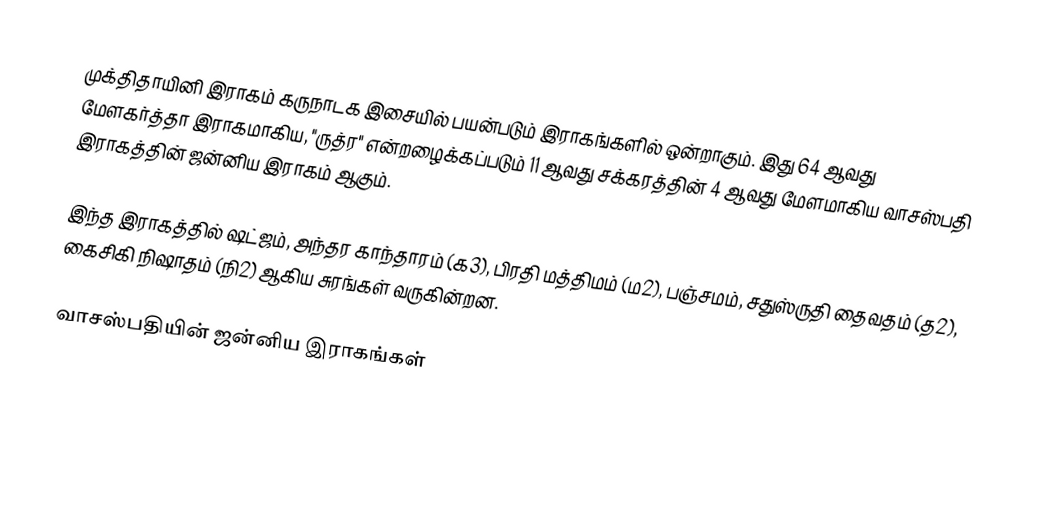
முக்திதாயினி இராகம் கருநாடக இசையில் பயன்படும் இராகங்களில் ஒன்றாகும். இது 64 ஆவது மேளகர்த்தா இராகமாகிய, "ருத்ர" என்றழைக்கப்படும் 11 ஆவது சக்கரத்தின் 4 ஆவது மேளமாகிய வாசஸ்பதி இராகத்தின் ஜன்னிய இராகம் ஆகும்.

இந்த இராகத்தில் ஷட்ஜம், அந்தர காந்தாரம் (க3), பிரதி மத்திமம் (ம2), பஞ்சமம், சதுஸ்ருதி தைவதம் (த2), கைசிகி நிஷாதம் (நி2) ஆகிய சுரங்கள் வருகின்றன.

வாசஸ்பதியின் ஜன்னிய இராகங்கள்